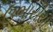
ઉભારીયા